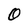
Character: O